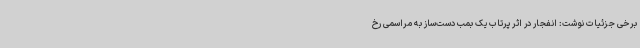
برخی جزئیات نوشت: انفجار در اثر پرتاب یک بمب دست‌ساز به مراسمی رخ